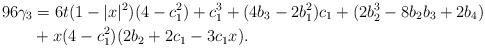
LaTeX: \begin{align*}96\gamma_3 &=6t(1-|x|^2)(4-c_1^2)+c_1^3+(4b_3-2b_1^2)c_1+(2b_2^3-8b_2b_3+2b_4) \\ &+x(4-c_1^2)(2b_2+2c_1-3c_1x). \end{align*}